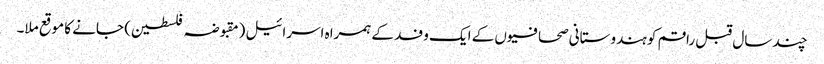
چند سال قبل راقم کو ہندوستانی صحافیوں کے ایک وفد کے ہمراہ اسرائیل (مقبوضہ فلسطین) جانے کا موقع ملا۔